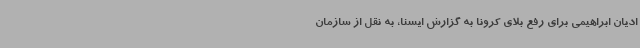
ادیان ابراهیمی برای رفع بلای کرونا به گزارش ایسنا، به نقل از سازمان